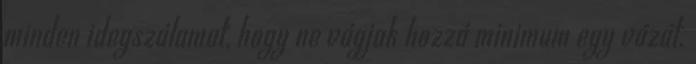
minden idegszálamat, hogy ne vágjak hozzá minimum egy vázát.